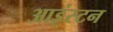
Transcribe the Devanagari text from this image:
आइंस्टन